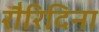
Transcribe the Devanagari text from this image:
रौरिदिना